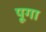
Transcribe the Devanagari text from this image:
पूगा